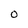
Character: O